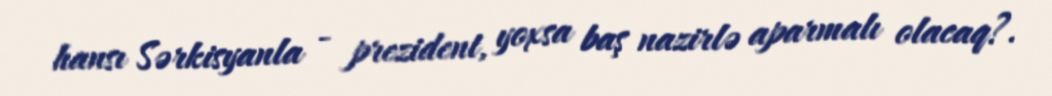
hansı Sərkisyanla - prezident, yoxsa baş nazirlə aparmalı olacaq?.